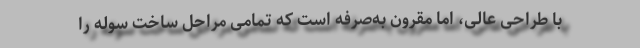
با طراحی عالی، اما مقرون به‌صرفه‌ است که تمامی مراحل ساخت سوله را